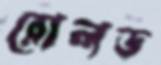
রোলড